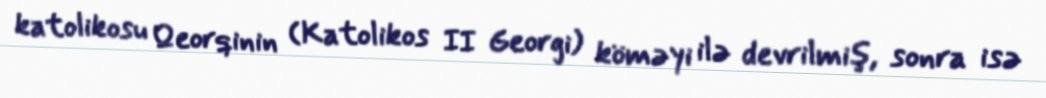
katolikosu Qeorqinin (Katolikos II Georgi) köməyi ilə devrilmiş, sonra isə